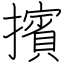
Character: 擯